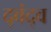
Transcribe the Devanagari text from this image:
द्‍वंद्‍व